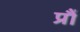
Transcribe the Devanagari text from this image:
प्रौं